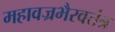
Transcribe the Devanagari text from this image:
महावज्रभैरवतंत्र